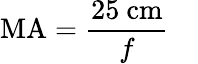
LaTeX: \mathrm{MA}={\frac{25\ \mathrm{cm}}{f}}\quad